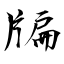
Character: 牑